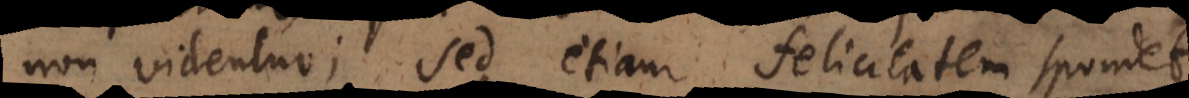
non videntur; sed etiam felicitatem spondet